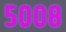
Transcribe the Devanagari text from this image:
५००८